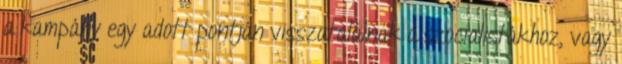
a kampány egy adott pontján visszatalálnak a szocialistákhoz, vagy